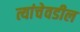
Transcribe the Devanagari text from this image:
त्यांचेवडील